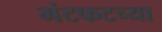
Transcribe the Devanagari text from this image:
मंटफटच्या